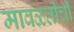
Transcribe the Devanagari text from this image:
मावळतीची